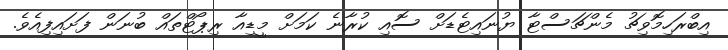
އިބްރަހިމޮވިޗު މެންޗަސްޓާ ޔުނައިޓެޑަށް ސޮއި ކުރާނެ ކަމަށް މީޑިއާ ރިޕޯޓްތައް ބުނަން ފަށައިފިއެވެ.